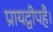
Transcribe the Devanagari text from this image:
प्रायद्वीपहै।